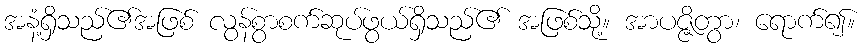
အနံ့ရှိသည်၏အဖြစ် လွန်စွာစက်ဆုပ်ဖွယ်ရှိသည်၏ အဖြစ်သို့။ အာပဇ္ဇိတွာ၊ ရောက်၍။